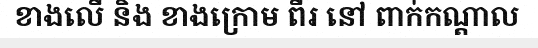
ខាងលើ និង ខាងក្រោម ពីរ នៅ ពាក់កណ្តាល